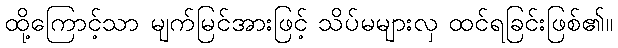
ထို့ကြောင့်သာ မျက်မြင်အားဖြင့် သိပ်မများလှ ထင်ရခြင်းဖြစ်၏။